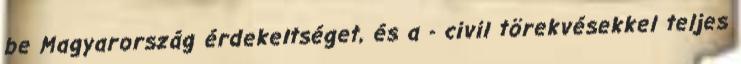
be Magyarország érdekeltséget, és a - civil törekvésekkel teljes